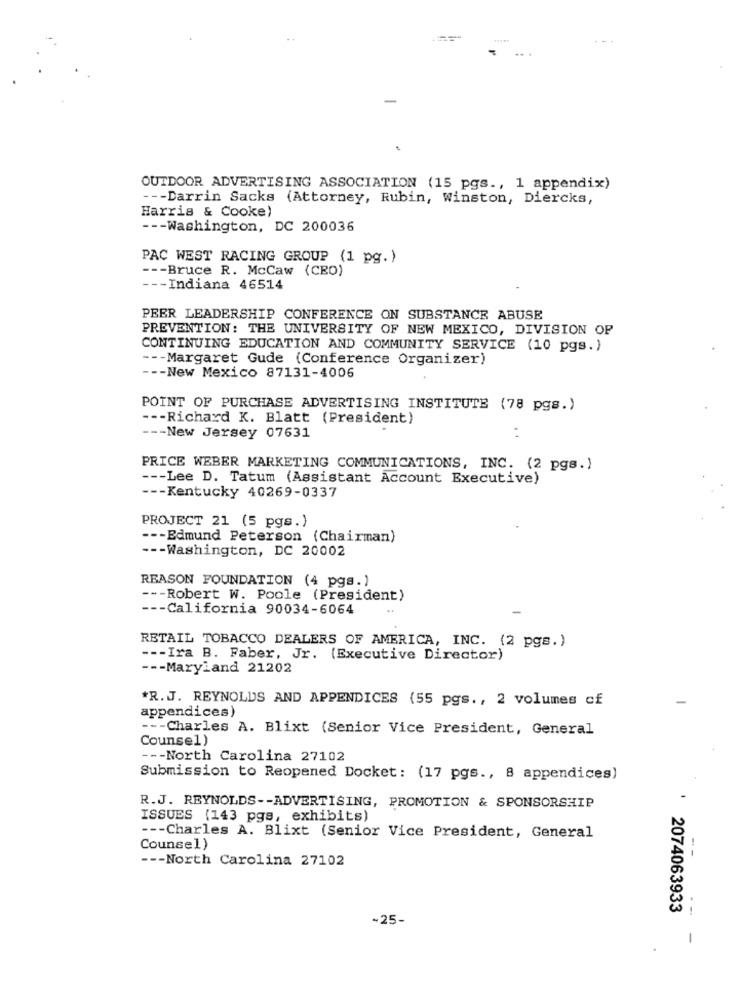
OUTDOOR ADVERTISING ASSOCIATION (15 pgs ., 1 appendix)
--- Darrin Sacks (Attorney, Rubin, Winston, Diercks,
Harris & Cooke)
--- Washington, DC 200036
PAC WEST RACING GROUP (1 pg.)
--- Bruce R. McCaw (CEO)
-Indiana 46514
PEER LEADERSHIP CONFERENCE ON SUBSTANCE ABUSE
PREVENTION: THE UNIVERSITY OF NEW MEXICO, DIVISION OF
CONTINUING EDUCATION AND COMMUNITY SERVICE (10 pgs. )
--- Margaret Gude (Conference Organizer)
-- New Mexico 87131-4006
POINT OF PURCHASE ADVERTISING INSTITUTE (78 pgs.)
--- Richard K. Blatt (President)
--- New Jersey 07631
:
PRICE WEBER MARKETING COMMUNICATIONS, INC. (2 pgs.)
--- Lee D. Tatum (Assistant Account Executive)
--- Kentucky 40269-0337
PROJECT 21 (5 pgs.)
--- Edmund Peterson (Chairman)
--- Washington, DC 20002
REASON FOUNDATION (4 pgs.)
--- Robert W. Poole (President)
--- California 90034-6064
RETAIL TOBACCO DEALERS OF AMERICA, INC. (2 pgs.)
--- Ira B. Faber, Jr. (Executive Director)
--- Maryland 21202
*R.J. REYNOLDS AND APPENDICES (55 pgs ., 2 volumes cf
appendices)
--- Charles A. Blixt (Senior Vice President, General
Counsel)
--- North Carolina 27102
Submission to Reopened Docket: (17 pgs ., 8 appendices)
R.J. REYNOLDS -- ADVERTISING, PROMOTION & SPONSORSHIP
ISSUES (143 pgs, exhibits)
--- Charles A. Blixt (Senior Vice President, General
Counsel)
--- North Carolina 27102
--
2074063933
-25-
--.
1